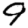
Digit: 9